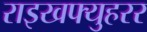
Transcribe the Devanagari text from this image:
राइखफ्युहरर